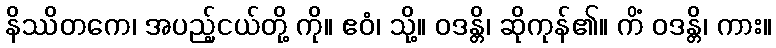
နိဿိတကေ၊ အပည့်ငယ်တို့ ကို။ ဧဝံ၊ သို့။ ဝဒန္တိ၊ ဆိုကုန်၏။ ကိံ ဝဒန္တိ၊ ကား။